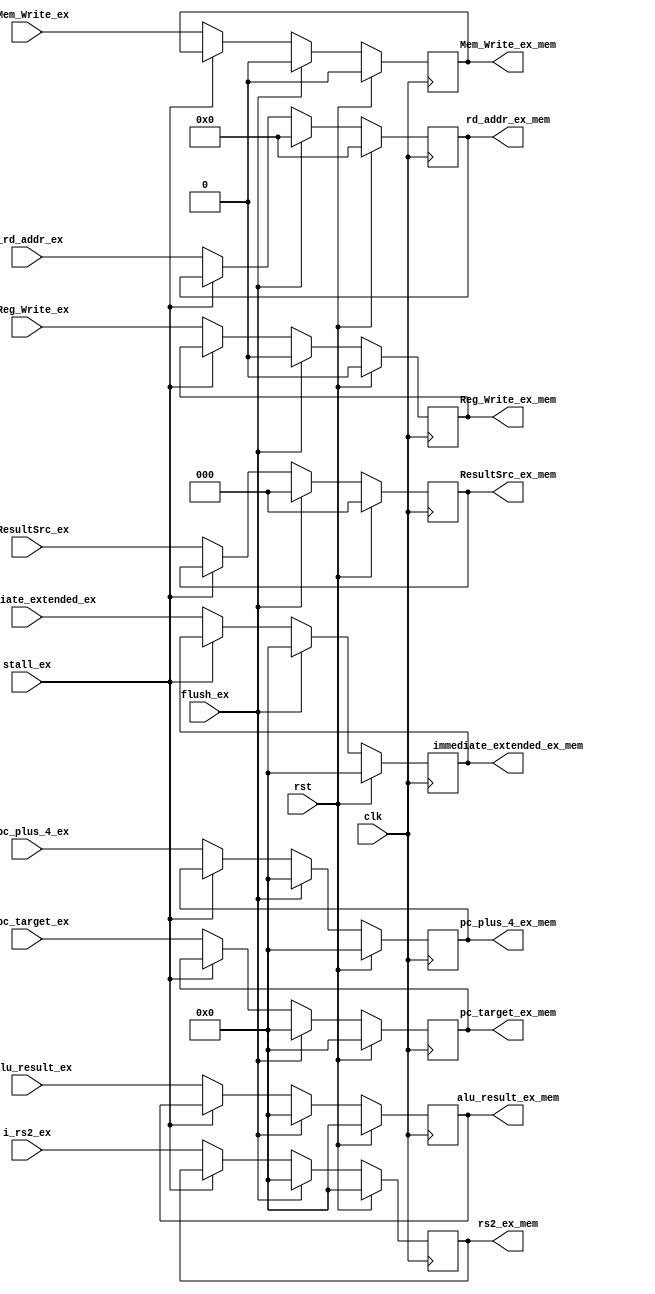
module Execute_Stage_1#(parameter width = 32)(
    input clk,
    input rst,
    input stall_ex,
    input flush_ex,
    //
    input [width-1:0] i_alu_result_ex,
    input [width-1:0] i_rs2_ex,
    input [4:0] i_rd_addr_ex,
    input [width-1:0] i_pc_plus_4_ex,
    input [width-1:0] i_pc_target_ex,
    input [width-1:0] i_immediate_extended_ex,
    // Control Unit 
    input i_Reg_Write_ex,
    input [2:0] i_ResultSrc_ex,
    input i_Mem_Write_ex,
    //
    output [width-1:0] alu_result_ex_mem,
    output [width-1:0] rs2_ex_mem,
    output [4:0] rd_addr_ex_mem,
    output [width-1:0] pc_plus_4_ex_mem,
    output [width-1:0] pc_target_ex_mem,
    output [width-1:0] immediate_extended_ex_mem,
    // Control Unit 
    output Reg_Write_ex_mem,
    output [2:0] ResultSrc_ex_mem,
    output Mem_Write_ex_mem
    );
       
    assign alu_result_ex_mem = alu_result_ex_reg;
    assign rs2_ex_mem = rs2_ex_reg;
    assign rd_addr_ex_mem = rd_addr_ex_reg;
    assign pc_plus_4_ex_mem = pc_plus_4_ex_reg;
    assign pc_target_ex_mem = pc_target_ex_reg;
    assign immediate_extended_ex_mem = immediate_extended_ex_reg;
    // Control Unit 
    assign Reg_Write_ex_mem = Reg_Write_ex_reg;
    assign ResultSrc_ex_mem = ResultSrc_ex_reg;
    assign Mem_Write_ex_mem = Mem_Write_ex_reg;
    
    reg [width-1:0] alu_result_ex_reg;
    reg [width-1:0] rs2_ex_reg;
    reg [4:0] rd_addr_ex_reg;
    reg [width-1:0] pc_plus_4_ex_reg;
    reg [width-1:0] pc_target_ex_reg;
    reg [width-1:0] immediate_extended_ex_reg;
    // Control Unit 
    reg Reg_Write_ex_reg;
    reg [2:0] ResultSrc_ex_reg;
    reg Mem_Write_ex_reg;
    
    always @(posedge clk)begin
        if(rst)begin            // clear
            alu_result_ex_reg           <= 32'b0;
            rs2_ex_reg                  <= 32'b0;
            rd_addr_ex_reg              <= 5'b0;
            pc_plus_4_ex_reg            <= 32'b0;
            pc_target_ex_reg            <= 32'b0;
            immediate_extended_ex_reg   <= 32'b0;
            
            Reg_Write_ex_reg            <= 1'b0;
            ResultSrc_ex_reg            <= 3'b0;
            Mem_Write_ex_reg            <= 1'b0;
        end
        else if (flush_ex)begin // clear
            alu_result_ex_reg           <= 32'b0;
            rs2_ex_reg                  <= 32'b0;
            rd_addr_ex_reg              <= 5'b0;
            pc_plus_4_ex_reg            <= 32'b0;
            pc_target_ex_reg            <= 32'b0;
            immediate_extended_ex_reg   <= 32'b0;
            
            Reg_Write_ex_reg            <= 1'b0;
            ResultSrc_ex_reg            <= 3'b0;
            Mem_Write_ex_reg            <= 1'b0;
        end
        else if (stall_ex)begin // do nothing - stop
            alu_result_ex_reg           <= alu_result_ex_reg;
            rs2_ex_reg                  <= rs2_ex_reg;
            rd_addr_ex_reg              <= rd_addr_ex_reg;
            pc_plus_4_ex_reg            <= pc_plus_4_ex_reg;
            pc_target_ex_reg            <= pc_target_ex_reg;
            immediate_extended_ex_reg   <= immediate_extended_ex_reg;
            
            Reg_Write_ex_reg            <= Reg_Write_ex_reg;
            ResultSrc_ex_reg            <= ResultSrc_ex_reg;
            Mem_Write_ex_reg            <= Mem_Write_ex_reg;
        end
        else begin              // upload values
            alu_result_ex_reg           <= i_alu_result_ex;
            rs2_ex_reg                  <= i_rs2_ex;
            rd_addr_ex_reg              <= i_rd_addr_ex;
            pc_plus_4_ex_reg            <= i_pc_plus_4_ex;
            pc_target_ex_reg            <= i_pc_target_ex;
            immediate_extended_ex_reg   <= i_immediate_extended_ex;
            
            Reg_Write_ex_reg            <= i_Reg_Write_ex;
            ResultSrc_ex_reg            <= i_ResultSrc_ex;
            Mem_Write_ex_reg            <= i_Mem_Write_ex;
        end
    end
endmodule